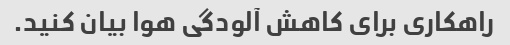
راهکاری برای کاهش آلودگی هوا بیان کنید.